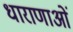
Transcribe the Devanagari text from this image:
धाराणाओं